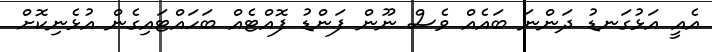
އެއީ އަޅުގަނޑު ދަންނަ ބައެއް ވެސް ނޫން ފަންޑު ފޮއްޓެއް ބަހައްޓައިގެން އުޅެނިކޮށް